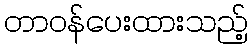
တာဝန်ပေးထားသည့်